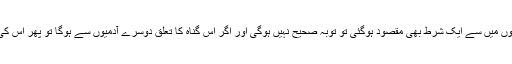
اگر ان تین شرطوں میں سے ایک شرط بھی مقصود ہوگئی تو توبہ صحیح نہیں ہوگی اور اگر اس گناہ کا تعلق دوسرے آدمیوں سے ہوگا تو پھر اس کی 4 شرطیں ہیں۔